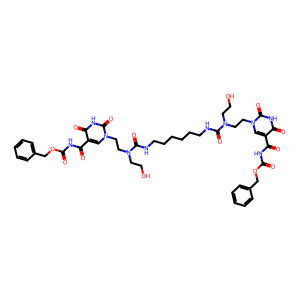
SMILES: O=C(NC(=O)c1cn(CCN(CCO)C(=O)NCCCCCCNC(=O)N(CCO)CCn2cc(C(=O)NC(=O)OCc3ccccc3)c(=O)[nH]c2=O)c(=O)[nH]c1=O)OCc1ccccc1
Inhibits HIV replication: No